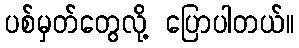
ပစ်မှတ်တွေလို့ ပြောပါတယ်။